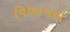
વિભાગનો